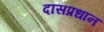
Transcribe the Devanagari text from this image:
दासप्रधान